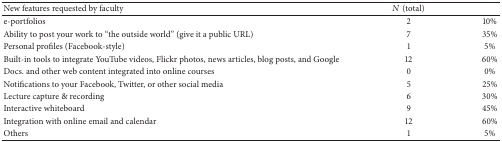
| New features requested by faculty | N (total) |  |
 | --- | --- | --- |
 | e-portfolios | 2 | 10% |
 | Ability to post your work to “the outside world” (give it a public URL) | 7 | 35% |
 | Personal profiles (Facebook-style) | 1 | 5% |
 | Built-in tools to integrate YouTube videos, Flickr photos, news articles, blog posts, and Google | 12 | 60% |
 | Docs. and other web content integrated into online courses | 0 | 0% |
 | Notifications to your Facebook, Twitter, or other social media | 5 | 25% |
 | Lecture capture & recording | 6 | 30% |
 | Interactive whiteboard | 9 | 45% |
 | Integration with online email and calendar | 12 | 60% |
 | Others | 1 | 5% |